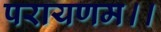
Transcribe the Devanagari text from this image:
परायणम।।